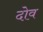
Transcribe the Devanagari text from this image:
दोव